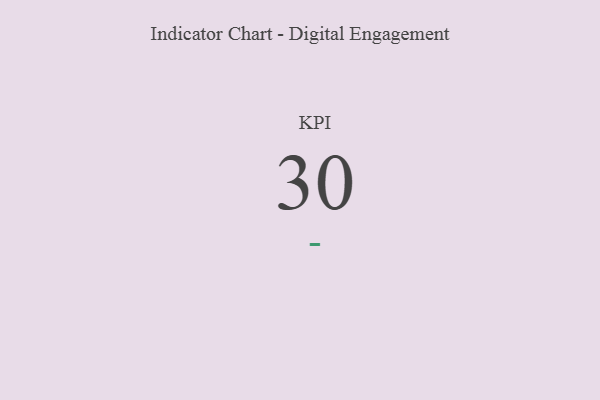
{"axis": {"x": "KPI", "y": "Value"}, "legend": [""], "data": [{"x": "KPI", "y": 30, "type": ""}]}